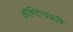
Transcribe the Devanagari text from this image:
कौण्डिन्यऋषि